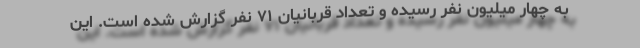
به چهار میلیون نفر رسیده و تعداد قربانیان ۷۱ نفر گزارش شده است. این